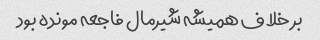
بر خلاف همیشه شیرمال فاجعه مونده بود